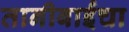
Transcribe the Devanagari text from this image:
तानीबाईंचा